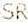
SR